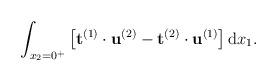
LaTeX: \begin{align*}\int_{x_2=0^+}\left[\mathbf{t}^{(1)}\cdot\mathbf{u}^{(2)} - \mathbf{t}^{(2)}\cdot\mathbf{u}^{(1)}\right]\mathrm{d}x_1.\end{align*}